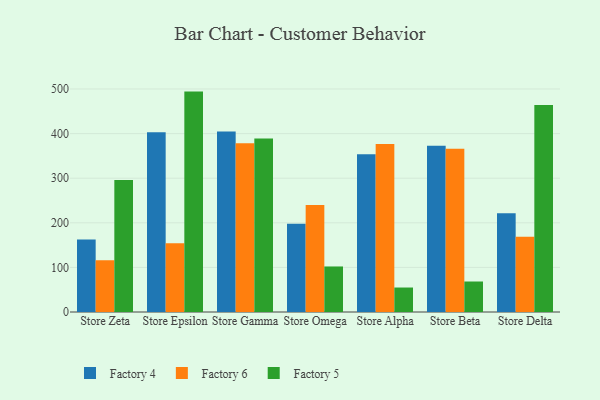
{"axis": {"x": "Store", "y": "Temperature (°C)"}, "legend": ["Factory 4", "Factory 5", "Factory 6"], "data": [{"x": "Store Zeta", "y": 162.4, "type": "Factory 4"}, {"x": "Store Zeta", "y": 116.2, "type": "Factory 6"}, {"x": "Store Zeta", "y": 296.0, "type": "Factory 5"}, {"x": "Store Epsilon", "y": 403.1, "type": "Factory 4"}, {"x": "Store Epsilon", "y": 154.3, "type": "Factory 6"}, {"x": "Store Epsilon", "y": 494.2, "type": "Factory 5"}, {"x": "Store Gamma", "y": 404.7, "type": "Factory 4"}, {"x": "Store Gamma", "y": 378.2, "type": "Factory 6"}, {"x": "Store Gamma", "y": 389.0, "type": "Factory 5"}, {"x": "Store Omega", "y": 197.9, "type": "Factory 4"}, {"x": "Store Omega", "y": 239.8, "type": "Factory 6"}, {"x": "Store Omega", "y": 102.1, "type": "Factory 5"}, {"x": "Store Alpha", "y": 353.8, "type": "Factory 4"}, {"x": "Store Alpha", "y": 376.6, "type": "Factory 6"}, {"x": "Store Alpha", "y": 54.9, "type": "Factory 5"}, {"x": "Store Beta", "y": 372.8, "type": "Factory 4"}, {"x": "Store Beta", "y": 365.9, "type": "Factory 6"}, {"x": "Store Beta", "y": 68.4, "type": "Factory 5"}, {"x": "Store Delta", "y": 221.2, "type": "Factory 4"}, {"x": "Store Delta", "y": 169.0, "type": "Factory 6"}, {"x": "Store Delta", "y": 464.4, "type": "Factory 5"}]}